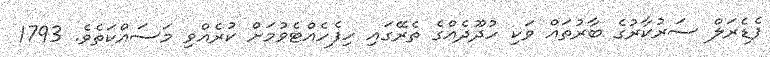
ފެޑެރަލް ސަރުކާރުގެ ބާރުތައް ވަކި ހުދޫދެއްގެ ތެރޭގައި ހިފެހެއްޓެވުމަށް ކުރެއްވި މަަސައްކަތެވެ. 1793